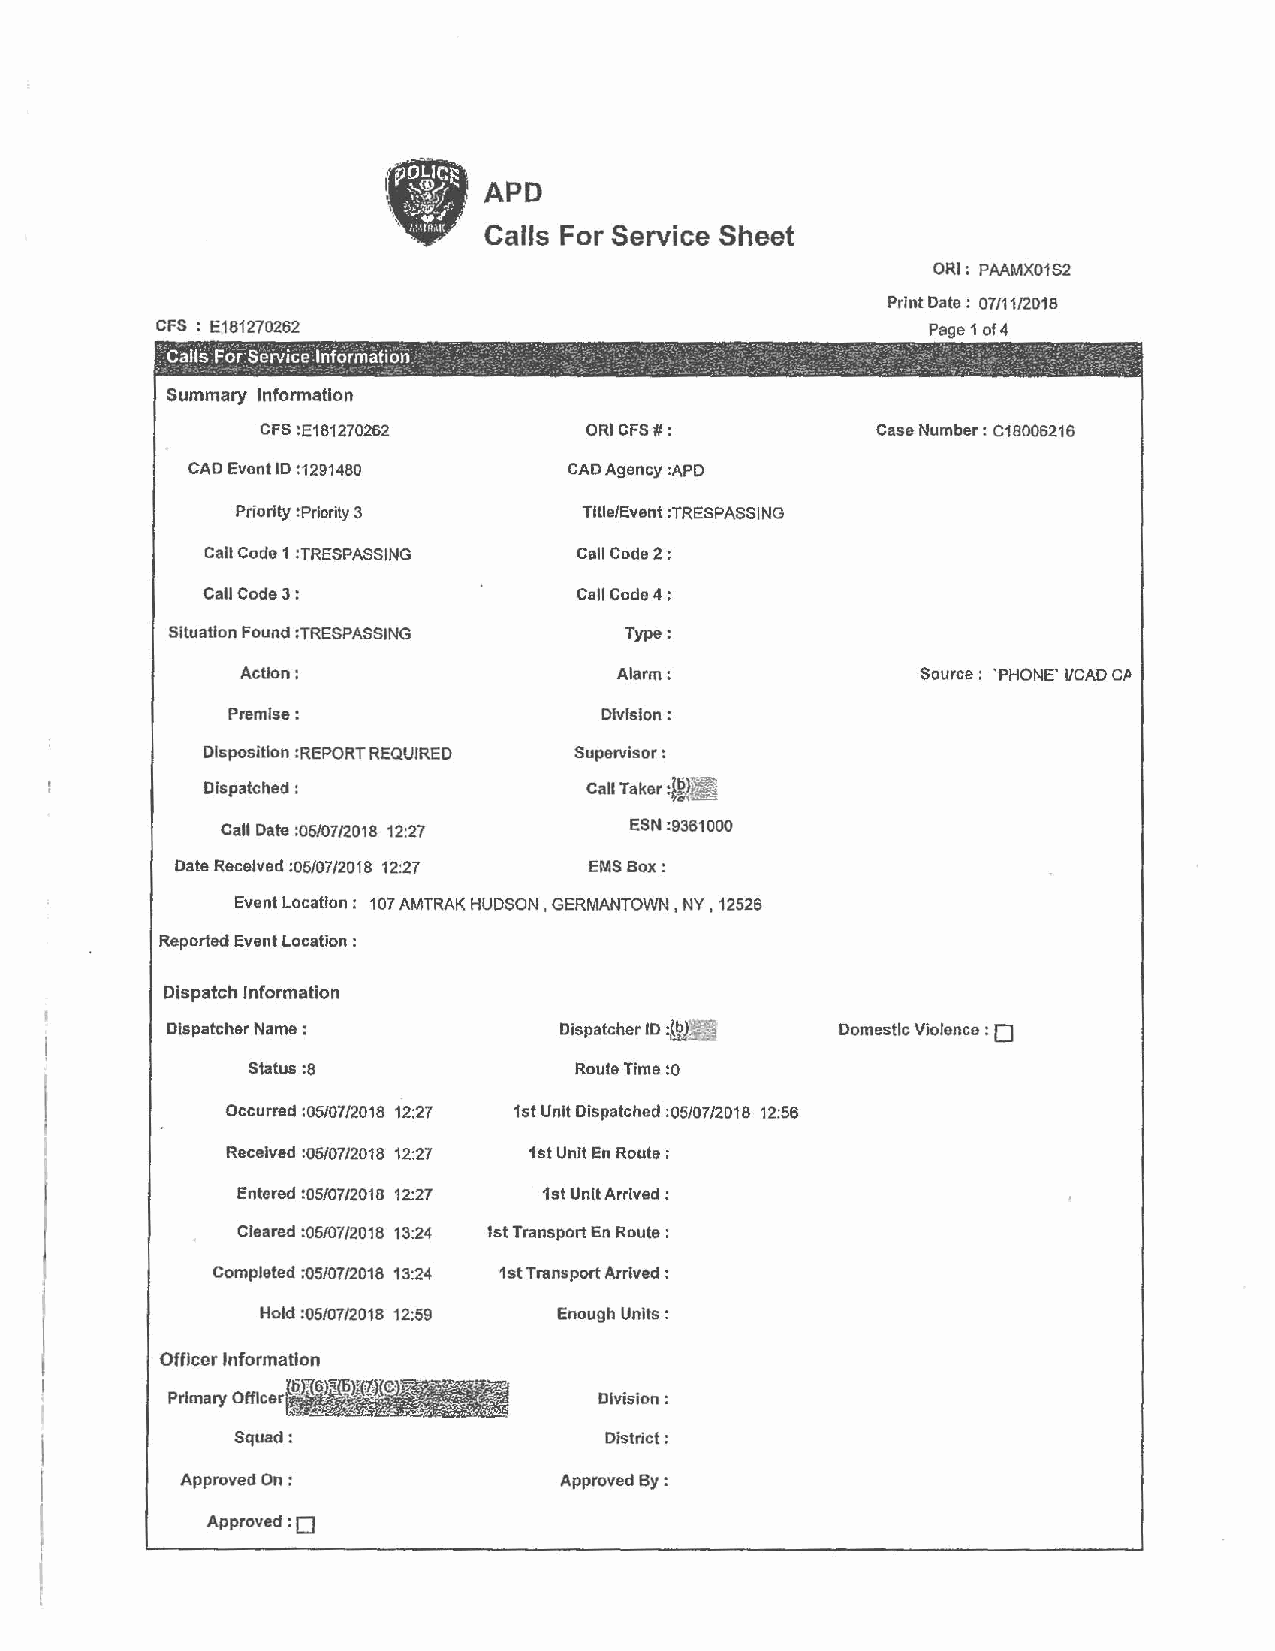
•
 I      APD
 '
 '     Calls For Service Sheet
 ORI; PMMX01S2
 Print Date : 07/11/2018
 CFS: E181270262                                    Page 1 of 4
 Calls For Service Information _     .  .       .           · ' . . -
 .              -                           ~ '    ' - , .., . -
 Summary Information
 CFS :E181270262       ORI CFS#:          Case Number: 018006216
 CAD Event ID :1291480     CAD Agency :APD
 Priority :Priority 3   Title/Event :TRESPASSING
 Call Code 1 :TRESPASSING Call Code 2:
 Call Code 3:             Call Code 4;
 Situation Found :TRESPASSING  Type:
 Action:                  Alarm:              Source: 'PHONE' I/CAD Cl>
 Premise:                 Division:
 Disposition :REPORT REQUIRED Supervisor :
 Dispatched :              Call Taker :I ,~ ,.F ;,-~ ~
 Call Date :05/07/2018 12:27 ESN :9361000
 Date Received :05/07/2018 12:27 EMS Box:
 Event Location: 107 AMTRAK HUDSON, GERMANTOWN, NY, 12526
 Reported Event Location :
 Dispatch Information
 Dispatcher Name :         Dispatcher ID ~ ;ffi Domestic Violence : O
 Status :8             Route Time :o
 Occurred :05/07/2018 12:27 1st Unit Dispatched :05/07/2018 12:56
 Received :oS/07/2018 12:27 1st Unit En Route :
 Entered :05/07/2018 12:27 1st Unit Arrived :
 Cleared :05/07/2018 13:24 1st Transport En Route :
 Completed :05/07/2018 13:24 1st Transport Arrived :
 I
 Hold :05/07/2018 12:59 Enough Units :
 I
 Officer Information
 .
 I
 Primary Officer             Division:
 I
 i           Squad:                   District:
 Approved On :            Approved By :
 t
 I
 Approved:O
 I
 I
 l